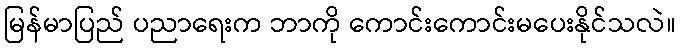
မြန်မာပြည် ပညာရေးက ဘာကို ကောင်းကောင်းမပေးနိုင်သလဲ။